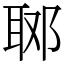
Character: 郰